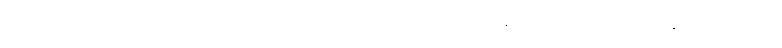
အဘယ်သို့ဖြစ်သနည်း။ ခေါ၊ စင်စစ်။ အယံ အာယသ္မာနာရဒေါ၊ ဤအရှင်နာရဒသည်။